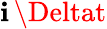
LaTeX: \mathbf{i}\, \Deltat